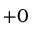
+ 0